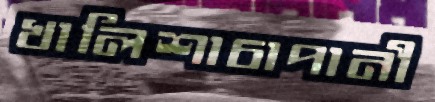
খালিশাচাপানী